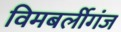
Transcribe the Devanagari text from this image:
विमबर्लीगंज